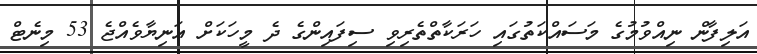
އަލިފާން ނިއްވުމުގެ މަސައްކަތުގައި ހަރަކާތްތެރިވި ސިފައިންގެ ދެ މީހަކަށް އަނިޔާވެއްޖެ 53 މިނެޓް